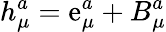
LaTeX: h_{\mu}^{a}=\mathrm{e}_{\mu}^{a}+B_{\mu}^{a}